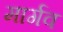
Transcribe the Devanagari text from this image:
मार्गव